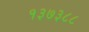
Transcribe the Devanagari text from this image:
१३७३८८